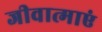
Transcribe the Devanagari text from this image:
जीवात्माएं